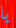
يا